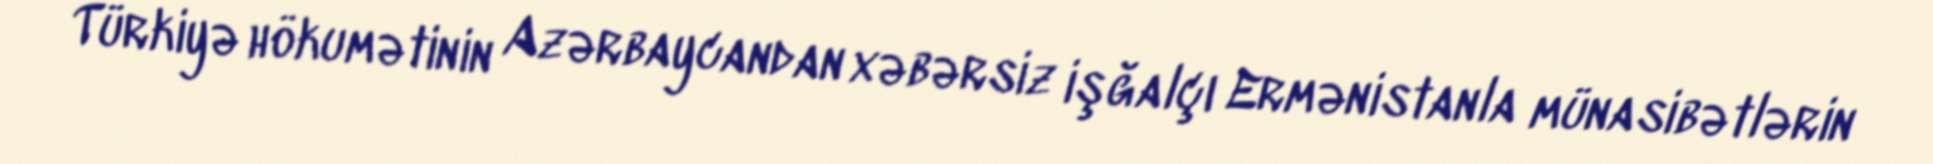
Türkiyə hökumətinin Azərbaycandan xəbərsiz işğalçı Ermənistanla münasibətlərin